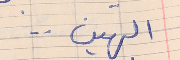
الهين . .